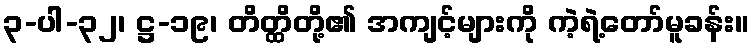
၃-ပါ-၃၂၊ ဋ္ဌ-၁၉၊ တိတ္ထိတို့၏ အကျင့်များကို ကဲ့ရဲ့တော်မူခန်း။